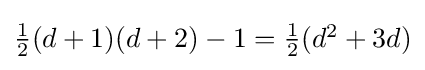
\textstyle {\frac {1}{2}}(d+1)(d+2)-1=\textstyle {\frac {1}{2}}(d^{2}+3d)